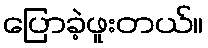
ပြောခဲ့ဖူးတယ်။